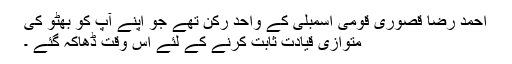
احمد رضا قصوری قومی اسمبلی کے واحد رکن تھے جو اپنے آپ کو بھٹو کی
متوازی قیادت ثابت کرنے کے لئے اس وقت ڈھاکہ گئے ۔